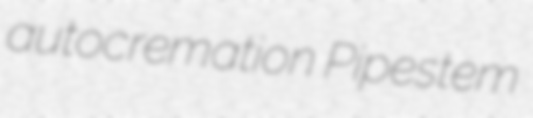
autocremation Pipestem